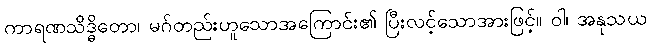
ကာရဏသိဒ္ဓိတော၊ မဂ်တည်းဟူသောအကြောင်း၏ ပြီးလင့်သောအားဖြင့်။ ဝါ၊ အနုသယ